Cholera in India, 1862 to 1881
Year: 1862
Disease focus: Cholera
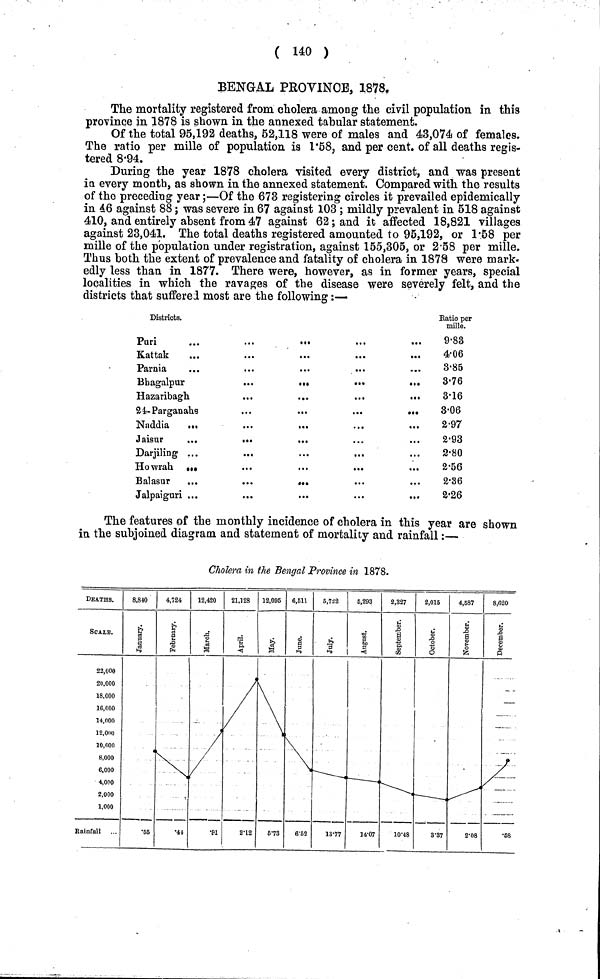
( 140 )
BENGAL PROVINCE, 1878.
The mortality registered from cholera among the civil population in this
province in 1878 is shown in the annexed tabular statement.
Of the total 95,192 deaths, 62,118 were of males and 43,074 of females.
The ratio per mille of population is 1·58, and per cent, of all deaths regis-
tered 8·94.
During the year 1878 cholera visited every district, and was present
in every month, as shown in the annexed statement. Compared with the results
of the preceding year;—Of the 673 registering circles it prevailed epidemically
in 46 against 88; was severe in 67 against 103 ; mildly prevalent in 518 against
410, and entirely absent from 47 against 62; and it affected 18,821 villages
against 23,041. The total deaths registered amounted to 95,192, or 1·58 per
mille of the population under registration, against 155,305, or 2·58 per mille.
Thus both the extent of prevalence and fatality of cholera in 1878 were mark-
edly less than in 1877. There were, however, as in former years, special
localities in which the ravages of the disease were severely felt, and the
districts that suffered most are the following:—
Districts.
Puri
...
...
•••
Kattak
Parnia
Bhagalpur
...
•••
•••
•••
Hazaribagh.
...
...
...
.1.
24-Parganahs
...
...
...
•••
Naddia
...
...
...
Jaisur
...
...
...
Darjiling ...
Howrah •••
...
...
...
...
Balasur
...
...
•••
...
...
Jalpaiguri ...
Ratio per
mille.
9·83
4·06
3·85
3·76
3·16
3·06
2·97
2·93
2·80
2·56
2·36
2·26
The features of the monthly incidence of cholera in this year are shown
in the subjoined diagram and statement of mortality and rainfall:—
Cholera in the Bengal Province in 1878.